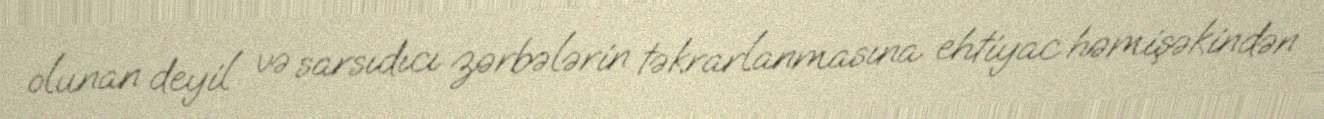
olunan deyil və sarsıdıcı zərbələrin təkrarlanmasına ehtiyac həmişəkindən